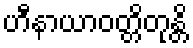
ဟီနာယာဝတ္တိတုန္တိ